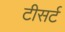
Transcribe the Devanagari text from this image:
टीसर्ट